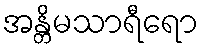
အန္တိမသာရီရော